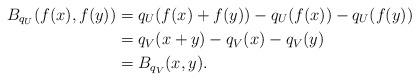
LaTeX: \begin{align*} B_{q_U}(f(x),f(y)) &= q_U(f(x) + f(y)) - q_U(f(x)) - q_U(f(y)) \\ &= q_V(x + y) - q_V(x) - q_V(y) \\ &= B_{q_V}(x,y). \end{align*}